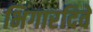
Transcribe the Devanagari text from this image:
भिंगारदिवे